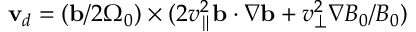
\mathbf v _ { d } = ( \mathbf b / 2 \Omega _ { 0 } ) \times ( 2 v _ { \parallel } ^ { 2 } \mathbf b \cdot \nabla \mathbf b + v _ { \perp } ^ { 2 } \nabla B _ { 0 } / B _ { 0 } )